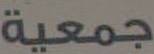
جمعية